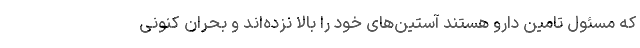
که مسئول تامین دارو هستند آستین‌های خود را بالا نزده‌اند و بحران کنونی